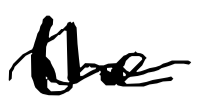
Text: the
Cross-out: wave
Writing tool: digital_black